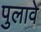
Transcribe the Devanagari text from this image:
पुलावे